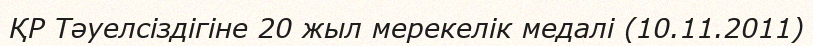
ҚР Тәуелсіздігіне 20 жыл мерекелік медалі (10.11.2011)